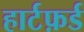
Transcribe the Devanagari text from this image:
हार्टफ़र्ड